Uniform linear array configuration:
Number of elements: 32
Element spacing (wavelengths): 1
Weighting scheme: uniform
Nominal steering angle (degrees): -15
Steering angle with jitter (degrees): -15.624
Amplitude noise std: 0.05
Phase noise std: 0.05

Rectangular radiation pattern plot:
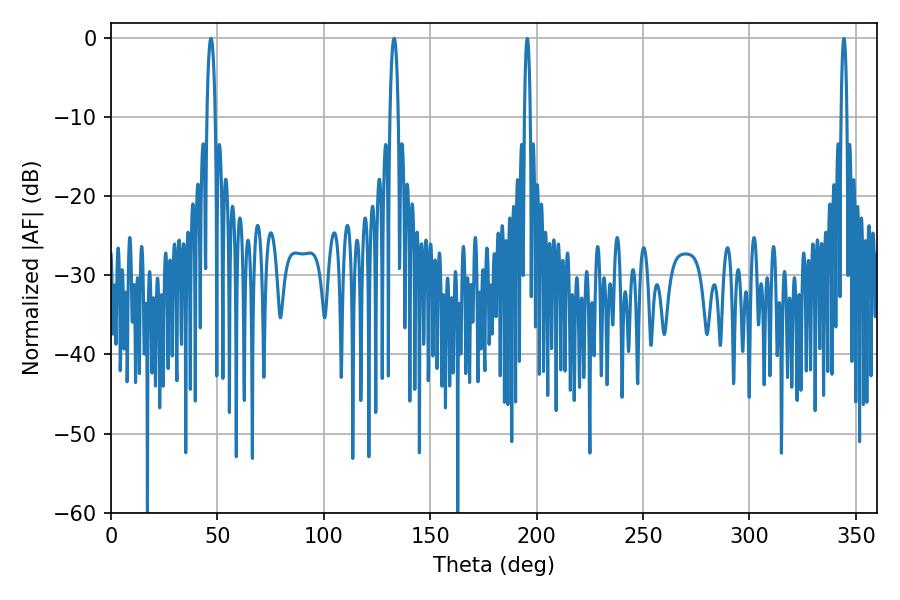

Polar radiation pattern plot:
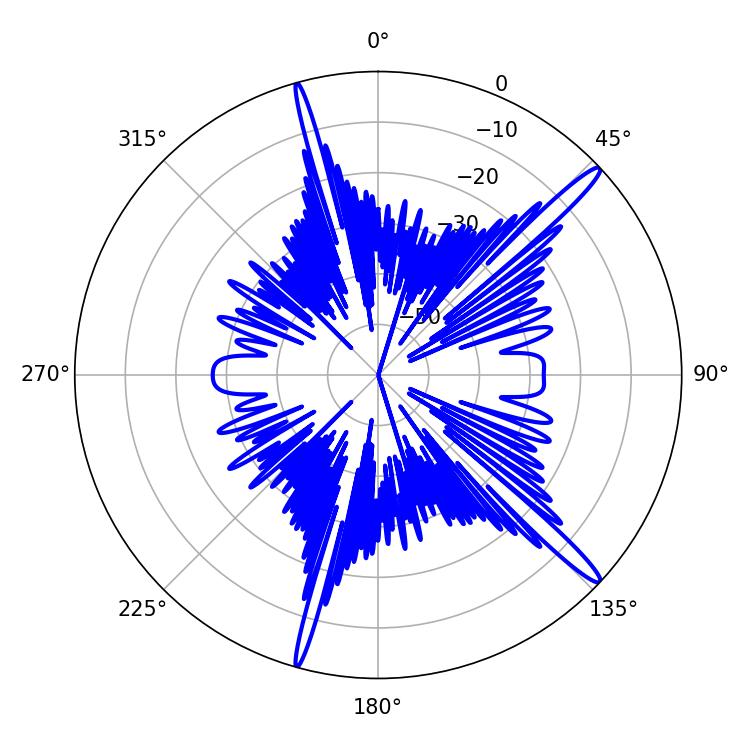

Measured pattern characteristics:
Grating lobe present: TRUE
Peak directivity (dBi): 16.089
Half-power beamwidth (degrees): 2.16
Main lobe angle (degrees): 46.98